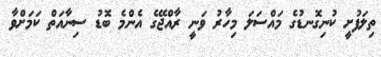
ތިލަފުށީ ކުނިގޮނޑުގެ މައްސަލަ މިހާރު ވަނީ ރާއްޖޭގެ އެންމެ ބޮޑު ސިނާއަތް ކަމަށްވާ